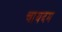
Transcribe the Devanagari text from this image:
चायदम